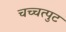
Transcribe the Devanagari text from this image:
चच्चत्पुट